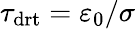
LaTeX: \tau_{\mathrm{drt}}=\varepsilon_{0}/\sigma